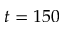
t = 1 5 0